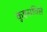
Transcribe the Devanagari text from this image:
कूइसविले